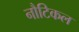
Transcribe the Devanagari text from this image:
नौटिकल